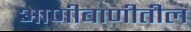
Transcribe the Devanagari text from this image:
आणीबाणीतील